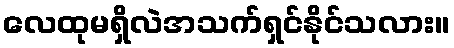
လေထုမရှိလဲအသက်ရှင်နိုင်သလား။